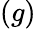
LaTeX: (g)